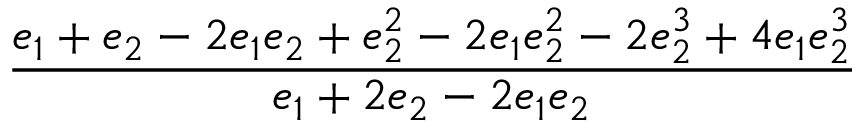
\displaystyle \frac { e _ { 1 } + e _ { 2 } - 2 e _ { 1 } e _ { 2 } + e _ { 2 } ^ { 2 } - 2 e _ { 1 } e _ { 2 } ^ { 2 } - 2 e _ { 2 } ^ { 3 } + 4 e _ { 1 } e _ { 2 } ^ { 3 } } { e _ { 1 } + 2 e _ { 2 } - 2 e _ { 1 } e _ { 2 } }